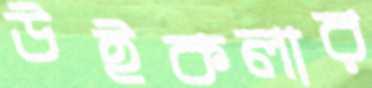
উইকলার